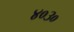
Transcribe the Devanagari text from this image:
४०३०